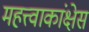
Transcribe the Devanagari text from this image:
महत्त्वाकांक्षेस